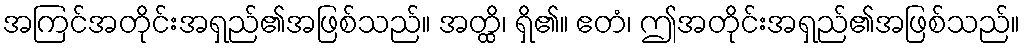
အကြင်အတိုင်းအရှည်၏အဖြစ်သည်။ အတ္ထိ၊ ရှိ၏။ ဧတံ၊ ဤအတိုင်းအရှည်၏အဖြစ်သည်။